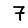
Digit: 7